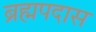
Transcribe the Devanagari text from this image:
ब्रह्मपदास